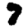
Digit: 7